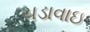
ચડાવાઇ